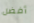
أفضل